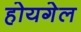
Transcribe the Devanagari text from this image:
होयगेल